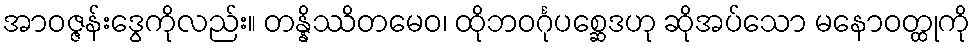
အာဝဇ္ဇန်းဒွေကိုလည်း။ တန္နိဿိတမေဝ၊ ထိုဘဝင်္ဂုပစ္ဆေဒဟု ဆိုအပ်သော မနောဝတ္ထုကို